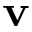
\mathbf { v }